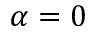
\alpha = 0